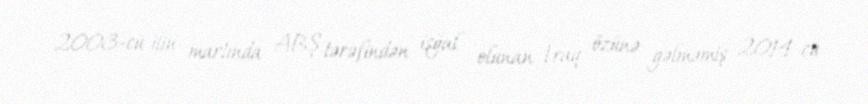
2003-cü ilin martında ABŞ tərəfindən işğal olunan İraq özünə gəlməmiş 2014-cü